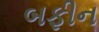
બફીન